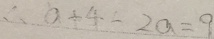
\therefore a + 4 - 2 a = 9